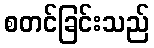
စတင်ခြင်းသည်